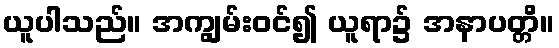
ယူပါသည်။ အကျွမ်းဝင်၍ ယူရာ၌ အနာပတ္တိ။